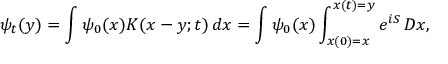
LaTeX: \psi _ { t } ( y ) = \int \psi _ { 0 } ( x ) K ( x - y ; t ) \, d x = \int \psi _ { 0 } ( x ) \int _ { x ( 0 ) = x } ^ { x ( t ) = y } e ^ { i S } \, D x ,